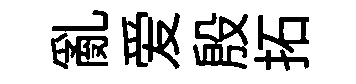
亂爱殷拓